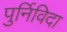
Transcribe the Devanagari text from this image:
पुर्निविदा